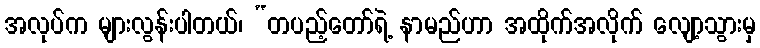
အလုပ်က များလွန်းပါတယ်၊ “တပည့်တော်ရဲ့ နာမည်ဟာ အထိုက်အလိုက် လျော့သွားမှ